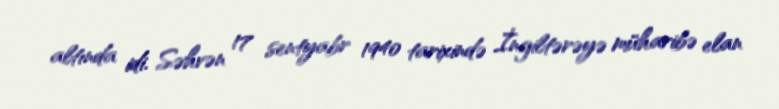
altında idi. Səhvən 17 sentyabr 1940 tarixində İngiltərəyə müharibə elan